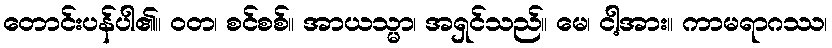
တောင်းပန်ပါ၏။ ဝတ၊ စင်စစ်။ အာယသ္မာ၊ အရှင်သည်။ မေ၊ ငါ့အား။ ကာမရာဂဿ၊